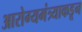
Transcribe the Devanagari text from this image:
आरोग्यमंत्र्याकडून